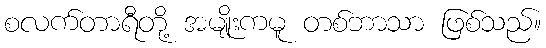
စလက်တာရီတို့ အမျိုးကမူ တစ်ဘာသာ ဖြစ်သည်။